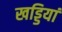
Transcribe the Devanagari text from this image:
खड्डियां